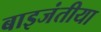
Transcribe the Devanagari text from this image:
बाइजंतीया